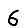
Digit: 6